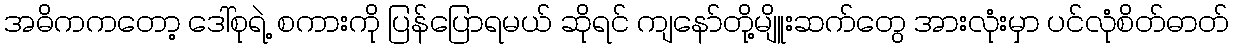
အဓိကကတော့ ဒေါ်စုရဲ့ စကားကို ပြန်ပြောရမယ် ဆိုရင် ကျနော်တို့မျိူးဆက်တွေ အားလုံးမှာ ပင်လုံစိတ်ဓာတ်